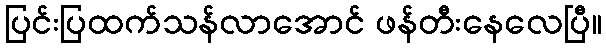
ပြင်းပြထက်သန်လာအောင် ဖန်တီးနေလေပြီ။